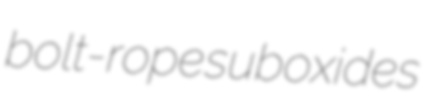
bolt-rope suboxides